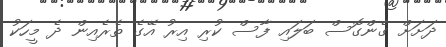
ދަށަށް ގެންގޮސް ބަލައި ފާސް ކުރި އިރު އޭގެ ތެރެއިން ދެ މީހަކު